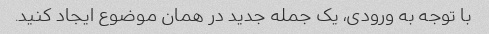
با توجه به ورودی، یک جمله جدید در همان موضوع ایجاد کنید.